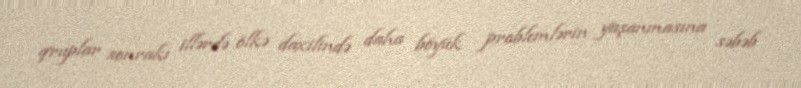
qruplar sonrakı illərdə ölkə daxilində daha böyük problemlərin yaşanmasına səbəb